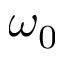
\omega _ { 0 }